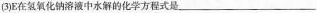
(3)E在氢氧化钠溶液中水解的化学方程式是___